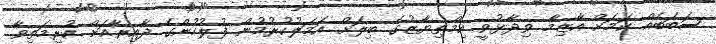
ސަބަބެއް ކަމަށް އާޒިމާ ވިދާޅުވީ އިމްތިޔާޒުގެ ބިލަށް އަމަލުކުރުމުން ފުލުހުންގެ ދާއިރާއަށް ކުރިމަތިވާ